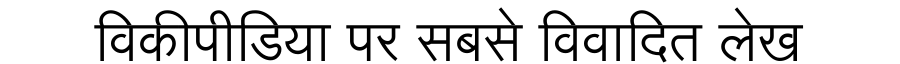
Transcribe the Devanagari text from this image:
विकीपीडिया पर सबसे विवादित लेख